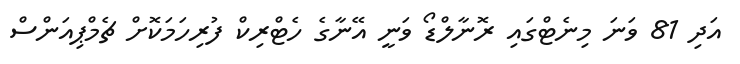
އަދި 81 ވަނަ މިނެޓްގައި ރޮނާލްޑޯ ވަނީ އޭނާގެ ހެޓްރިކް ފުރިހަމަކޮށް ޗެމްޕިއަންސް